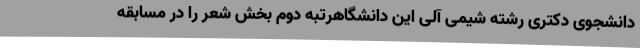
دانشجوی دکتری رشته شیمی آلی این دانشگاهرتبه دوم بخش شعر را در مسابقه